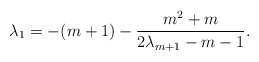
\begin{align*}\lambda_1 = -(m+1) - \frac{m^2 + m}{2 \lambda_{m+1} -m -1}.\end{align*}